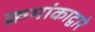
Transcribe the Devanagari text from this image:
क्रमांकाद्वारे